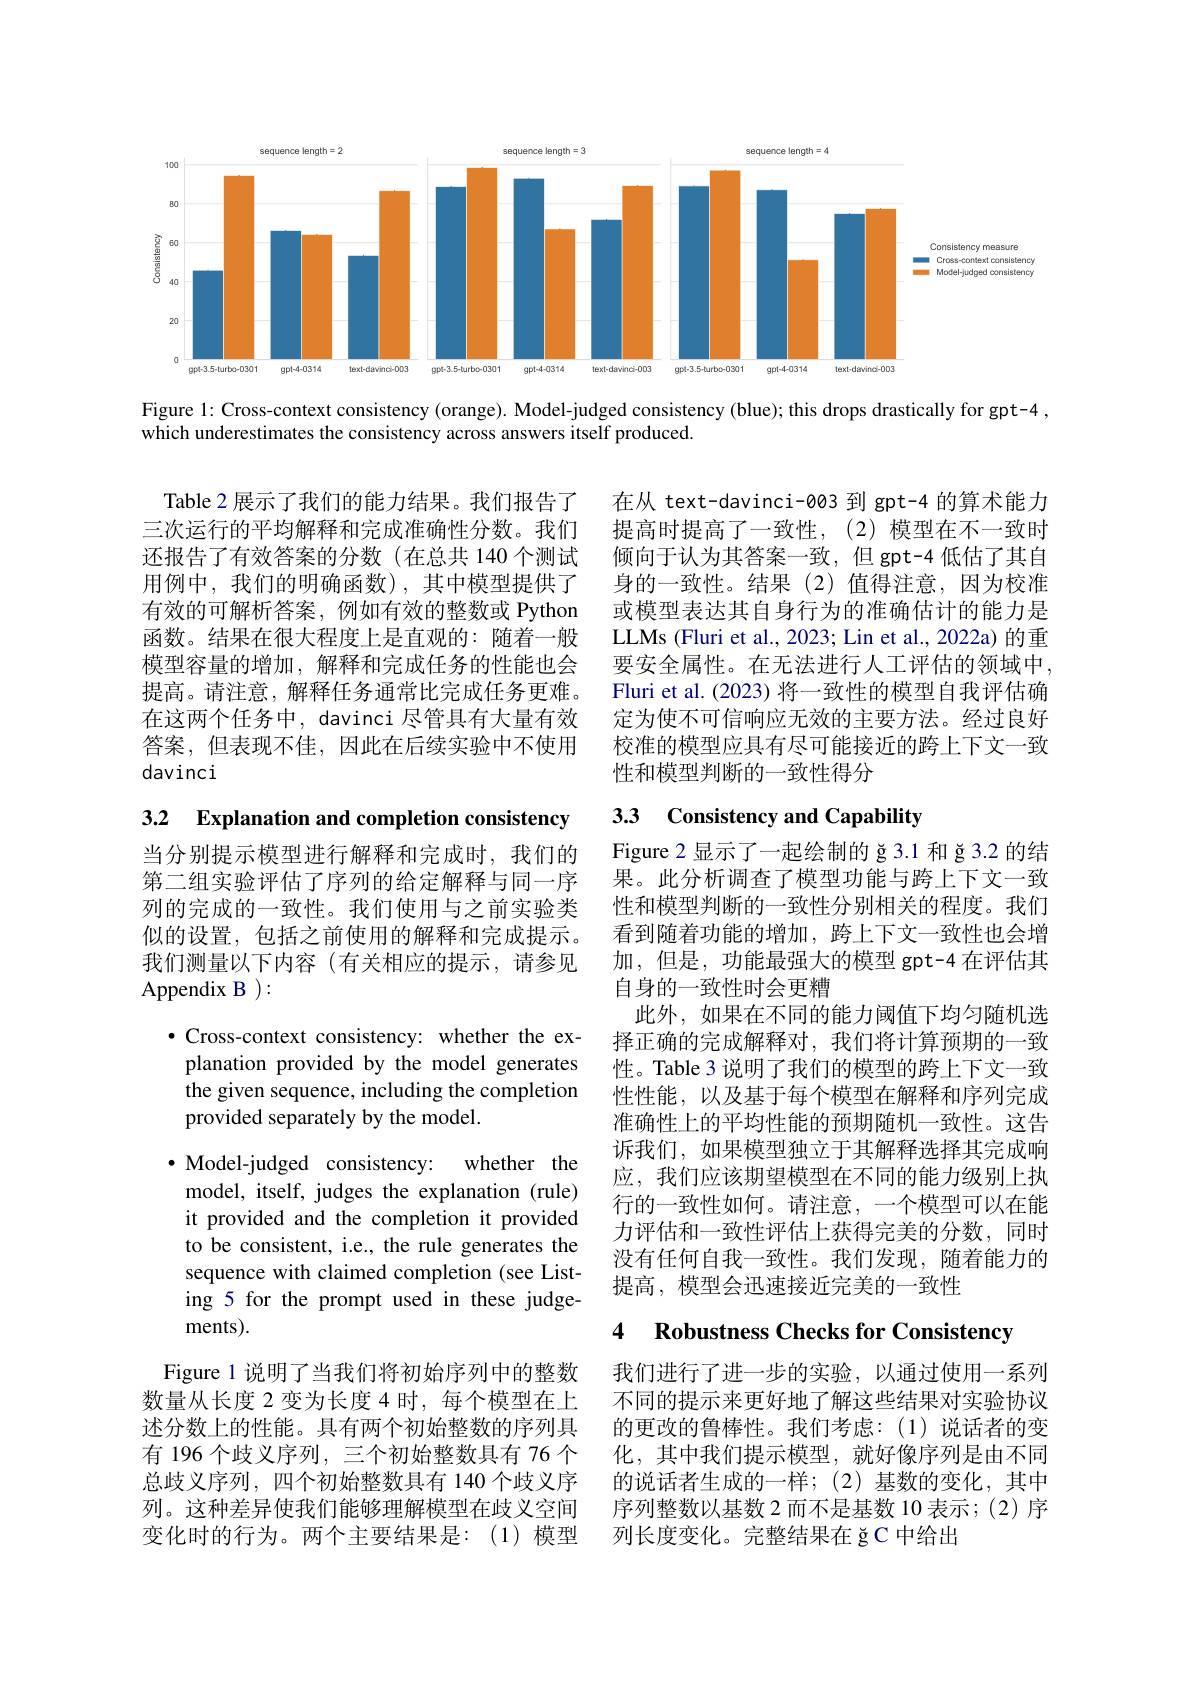
<FigureHere>

Figure 1: Cross-context consistency (orange). Model-judged consistency (blue); this drops drastically for gpt-4 ,
which underestimates the consistency across answers itself produced.

Table 2 展示了我们的能力结果。我们报告了 在从 text-davinci-003 到 gpt-4 的算术能力三次运行的平均解释和完成准确性分数。我们 提高时提高了一致性，(2)模型在不一致时还报告了有效答案的分数(在总共 140 个测试 倾向于认为其答案一致，但 gpt-4 低估了其自用例中，我们的明确函数),其中模型提供了 身的一致性。结果(2)值得注意，因为校准
或模型表达其自身行为的准确估计的能力是LLMs (Fluri et al., 2023; Lin et al., 2022a) 的重要安全属性。在无法进行人工评估的领域中， Fluri et al. (2023) 将一致性的模型自我评估确定为使不可信响应无效的主要方法。经过良好校准的模型应具有尽可能接近的跨上下文一致性和模型判断的一致性得分

有效的可解析答案，例如有效的整数或 Python 函数。结果在很大程度上是直观的：随着一般模型容量的增加，解释和完成任务的性能也会提高。请注意，解释任务通常比完成任务更难。在这两个任务中，davinci 尽管具有大量有效答案，但表现不佳，因此在后续实验中不使用davinci

# 3.3 Consistency and Capability

3.2 Explanation and completion consistency

当分别提示模型进行解释和完成时，我们的第二组实验评估了序列的给定解释与同一序列的完成的一致性。我们使用与之前实验类似的设置，包括之前使用的解释和完成提示。我们测量以下内容(有关相应的提示，请参见Appendix B ):

Figure 2 显示了一起绘制的 ğ 3.1 和 ğ 3.2 的结果。此分析调查了模型功能与跨上下文一致性和模型判断的一致性分别相关的程度。我们看到随着功能的增加，跨上下文一致性也会增加，但是，功能最强大的模型 gpt-4 在评估其自身的一致性时会更糟
此外，如果在不同的能力阈值下均匀随机选择正确的完成解释对，我们将计算预期的一致性。Table 3 说明了我们的模型的跨上下文一致性性能，以及基于每个模型在解释和序列完成准确性上的平均性能的预期随机一致性。这告诉我们，如果模型独立于其解释选择其完成响应，我们应该期望模型在不同的能力级别上执行的一致性如何。请注意，一个模型可以在能力评估和一致性评估上获得完美的分数，同时没有任何自我一致性。我们发现，随着能力的提高，模型会迅速接近完美的一致性

$\bullet$Cross-context consistency: whether the explanation provided by the model generates the given sequence, including the completion provided separately by the model.

# 4 Robustness Checks for Consistency

$\cdot$ Model-judged consistency: whether the model, itself, judges the explanation (rule) it provided and the completion it provided to be consistent, i.e., the rule generates the sequence with claimed completion (see Listing 5 for the prompt used in these judgements).
Figure 1 说明了当我们将初始序列中的整数数量从长度 2 变为长度 4 时，每个模型在上述分数上的性能。具有两个初始整数的序列具 的更改的鲁棒性。我们考虑：(1)说话者的变有 196 个歧义序列，三个初始整数具有 76 个 化，其中我们提示模型，就好像序列是由不同总歧义序列，四个初始整数具有 140 个歧义序 的说话者生成的一样；(2)基数的变化，其中列。这种差异使我们能够理解模型在歧义空间变化时的行为。两个主要结果是：(1)模型

我们进行了进一步的实验，以通过使用一系列不同的提示来更好地了解这些结果对实验协议序列整数以基数 2 而不是基数 10 表示；(2) 序列长度变化。完整结果在 ğC 中给出